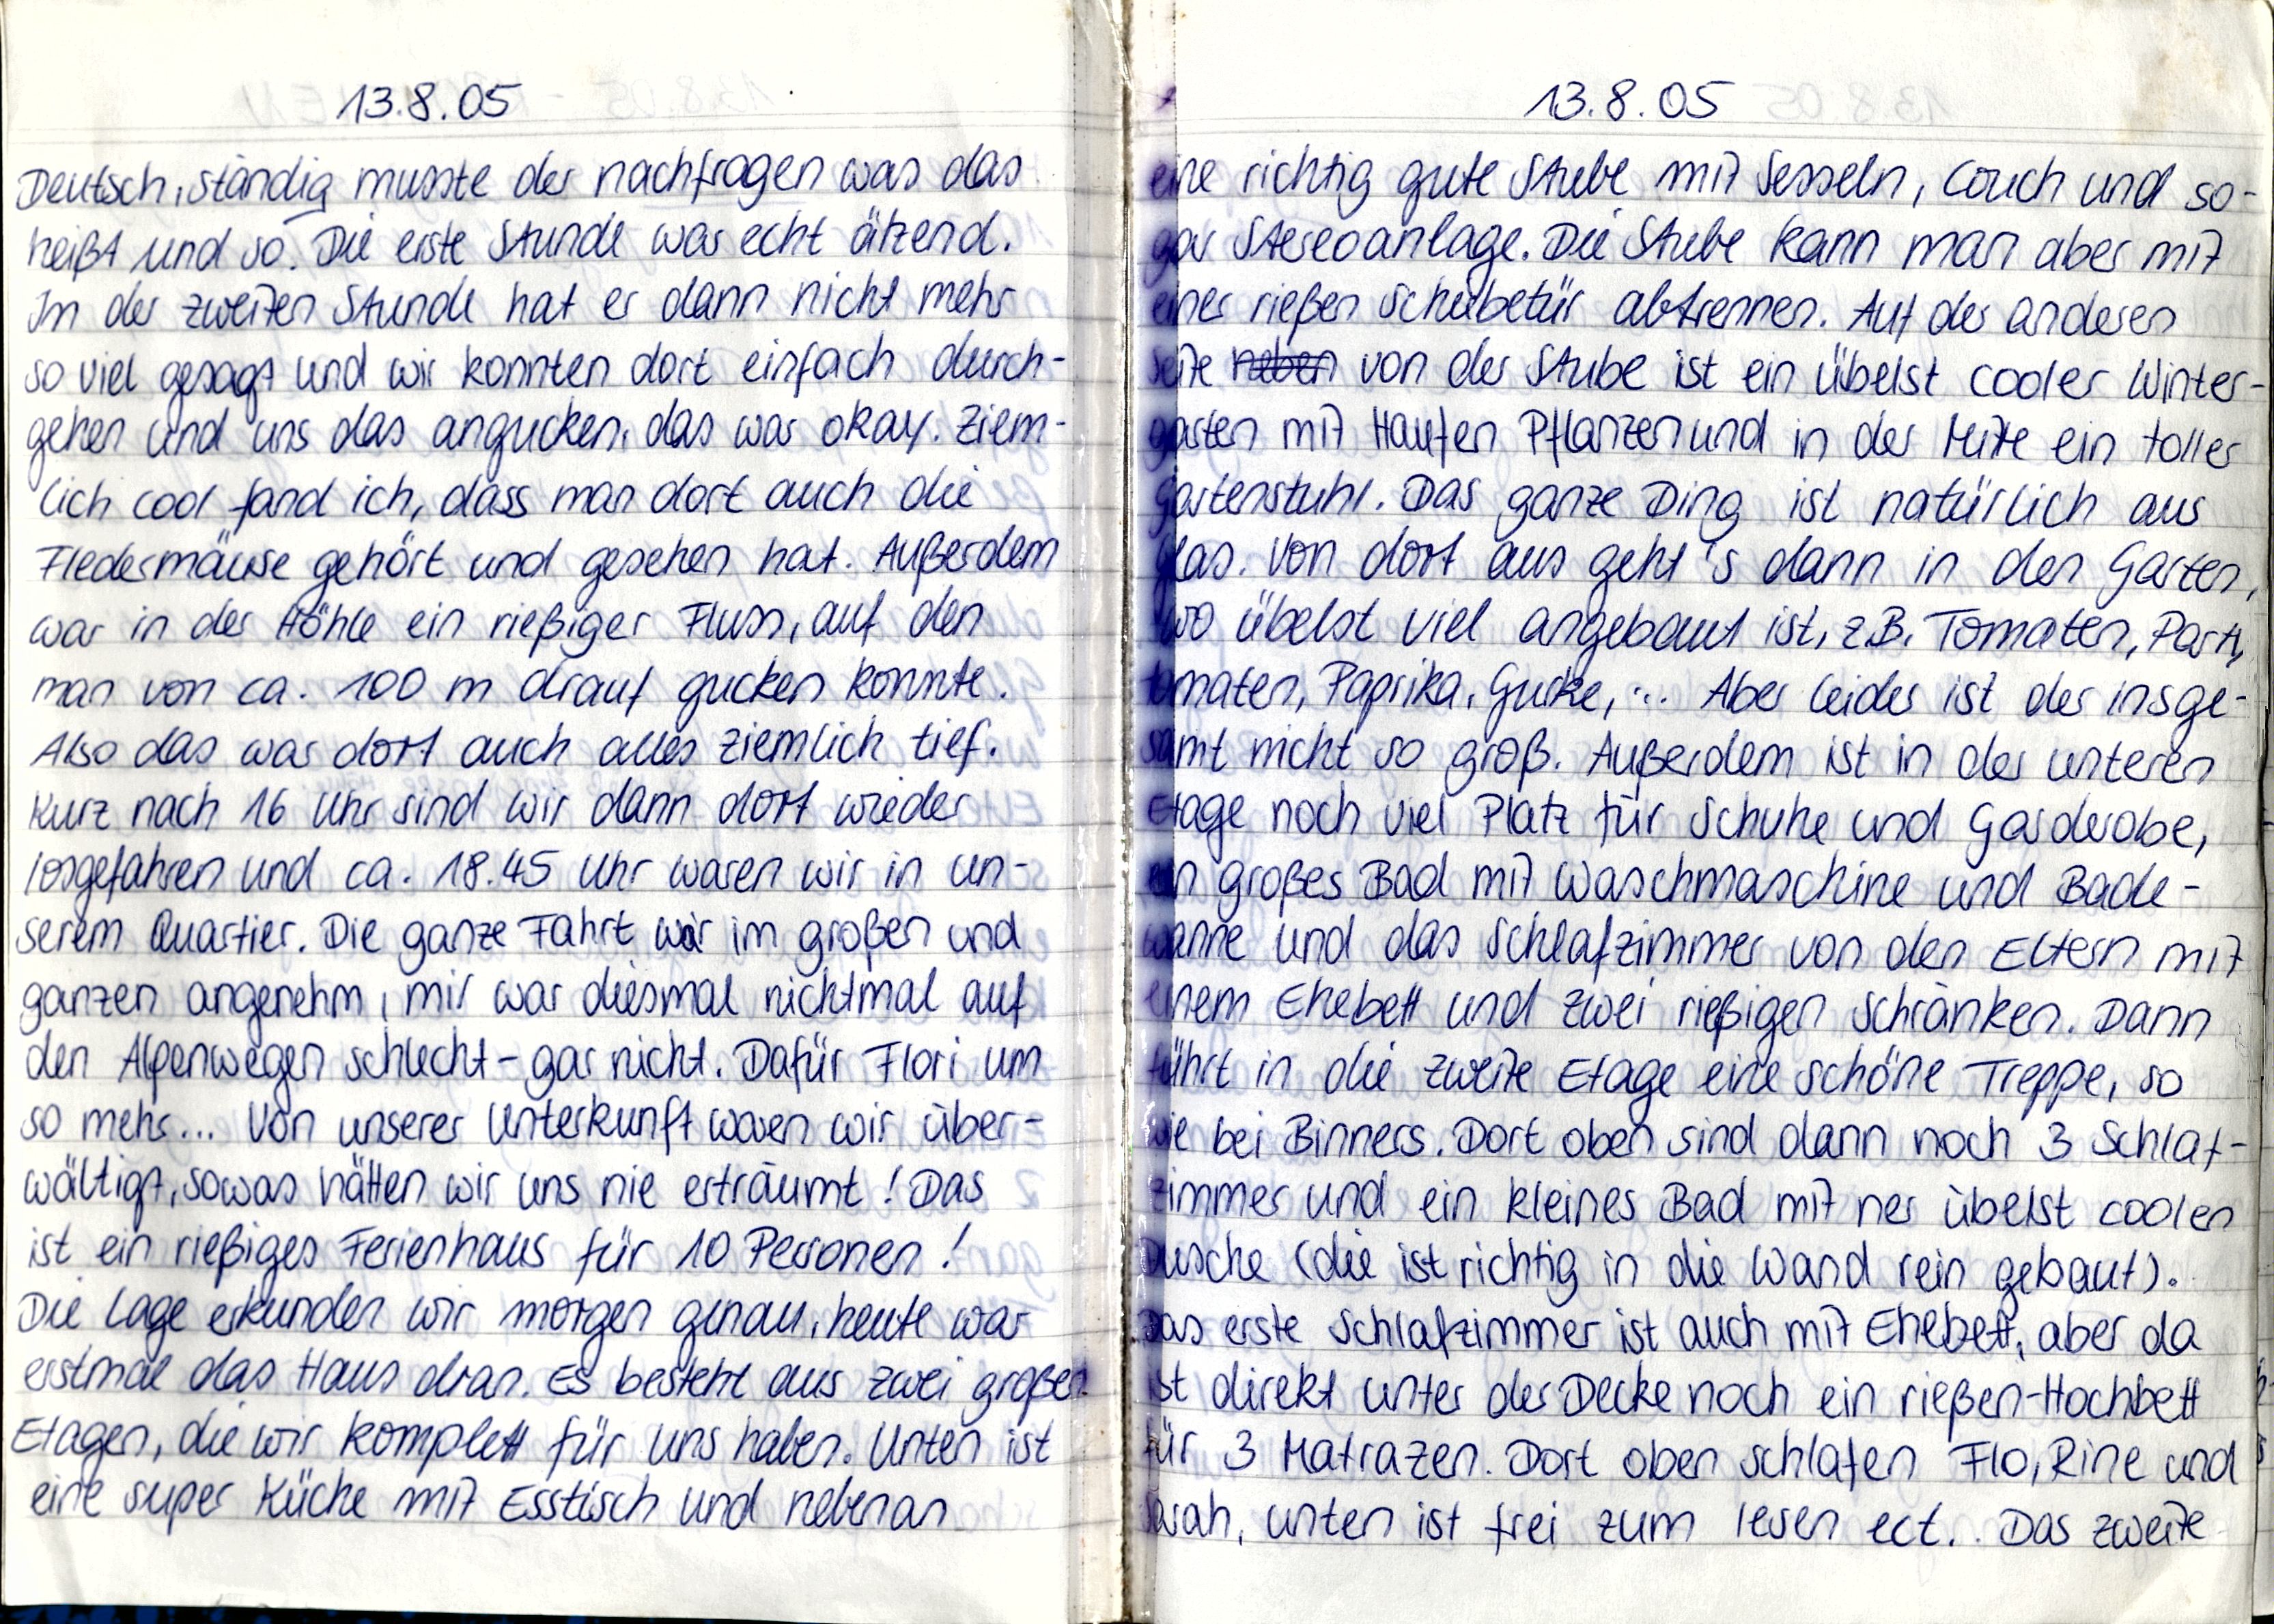
13.8.05
Deutsch, ständig musste der nachfragen was das
heißt und so. Die erste Stunde war echt ätzend.
In der zweiten Stunde hat er dann nicht mehr
so viel gesagt und wir konnten dort einfach durch-
gehen und uns das angucken, das war okay. Ziem-
lich cool fand ich, dass man dort auch die
Fledermäuse gehört und gesehen hat. Außerdem
war in der Höhle ein rießiger Fluss, auf den
man von ca. 100 m drauf gucken konnte.
Also das war dort auch alles ziemlich tief.
Kurz nach 16 Uhr sind wir dann dort wieder
losgefahren und ca. 18.45 Uhr waren wir in un-
serem Quartier. Die ganze Fahrt war im großen und
ganzen angenehm, mir war diesmal nichtmal auf
den Alpenwegen schlecht - gar nicht. Dafür Flori um
so mehr... Von unserer Unterkunft waren wir über-
wältigt, sowas hätten wir uns nie erträumt! Das
ist ein rießiges Ferienhaus für 10 Personen!
Die Lage erkunden wir morgen genau, heute war
erstmal das Haus dran. Es besteht aus zwei großen
Etagen, die wir komplett für uns haben. Unten ist
eine super Küche mit Esstisch und nebenan

13.8.05
eine richtig gute Stube mit Sesseln, Couch und so-
gar Stereoanlage. Die Stube kann man aber mit
einer rießen Schiebetür abtrennen. Auf der anderen
Seite von der Stube ist ein übelst cooler Winter-
garten mit Haufen Pflanzen und in der Mitte ein toller
Gartenstuhl. Das ganze Ding ist natürlich aus
Glas. Von dort aus geht's dann in den Garten,
wo übelst viel angebaut ist, z.B. Tomaten, Party-
tomaten, Paprika, Gruke, ... Aber leider ist der insge-
samt nicht so groß. Außerdem ist in der unteren
Etage noch viel Platz für Schuhe und Garderobe,
ein großes Bad mit Waschmaschine und Bade-
wanne und das Schlafzimmer von den Eltern mit
einem Ehebett und zwei rießigen Schränken. Dann
führt in die zweite Etage eine schöne Treppe, so
wie bei Binners. Dort oben sind dann noch 3 Schlaf-
zimmer und ein kleines Bad mit ner übelst coolen
Dusche (die ist richtig in die Wand rein gebaut).
Das erste Schlafzimmer ist auch mit Ehebett, aber da
ist direkt unter der Decke noch ein rießen-Hochbett
für 3 Matratzen. Dort oben schlafen Flo, Rine und
Sarah, unten ist frei zum lesen ect. Das zweite